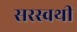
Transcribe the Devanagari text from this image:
सरस्वथी